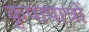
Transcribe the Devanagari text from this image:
कृपापात्रों